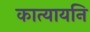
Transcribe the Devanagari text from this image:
कात्यायनि